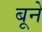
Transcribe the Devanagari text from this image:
बूने